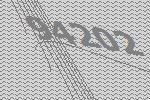
94202